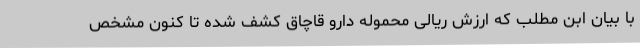
با بیان ابن مطلب که ارزش ریالی محموله دارو قاچاق کشف شده تا کنون مشخص